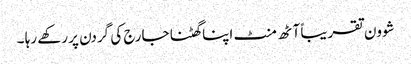
شوون تقریباً آٹھ منٹ اپنا گھٹنا جارج کی گردن پر رکھے رہا ۔